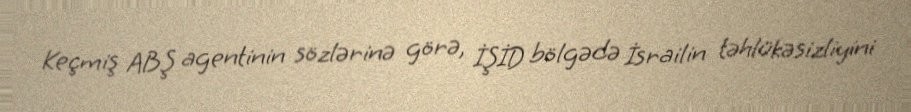
Keçmiş ABŞ agentinin sözlərinə görə, İŞİD bölgədə İsrailin təhlükəsizliyini